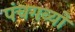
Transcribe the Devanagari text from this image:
पंचगव्यों